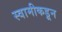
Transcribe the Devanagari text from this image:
स्वामीकडून